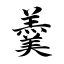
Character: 羹